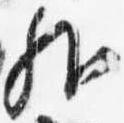
外